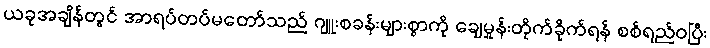
ယခုအချိန်တွင် အာရပ်တပ်မတော်သည် ဂျူးစခန်းများစွာကို ချေမှုန်းတိုက်ခိုက်ရန် စစ်ရည်ဝပြီး